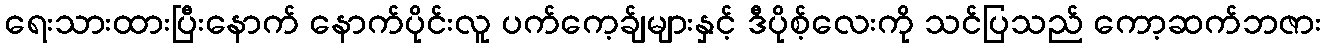
ရေးသားထားပြီးနောက် နောက်ပိုင်းလူ ပက်ကေ့ခ်ျများနှင့် ဒီပိုစ့်လေးကို သင်ပြသည် ကော့ဆက်ဘဇား